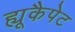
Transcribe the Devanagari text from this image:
ह्यूकैपेट